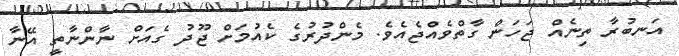
އަނބުރާ ތިނެއް ޖަހަން ގާތްވެއްޖެއެވެ. މެންދުރުގެ ކެއުމަށް ޖޫދު ގެއަށް ނާންނާތީ އޭނާ